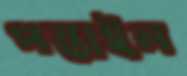
পস্তাইল